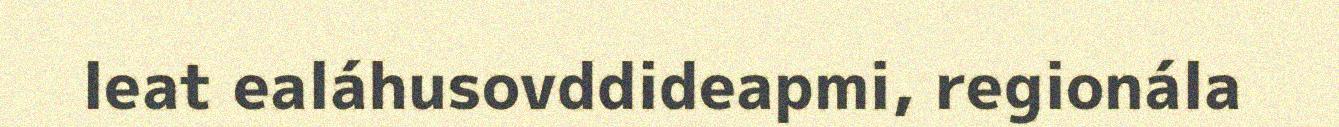
leat ealáhusovddideapmi, regionála